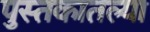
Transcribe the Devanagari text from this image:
पुस्‍तकातल्या